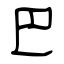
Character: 巴